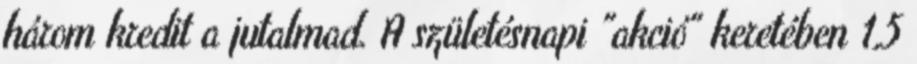
három kredit a jutalmad. A születésnapi "akció" keretében 1,5